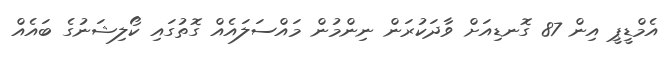
އެމްޑީޕީ އިން 87 ގޮނޑިއަށް ވާދަކުރަން ނިންމުން މައްސަލައެއް ގޮތުގައި ކޯލިޝަނުގެ ބައެއް